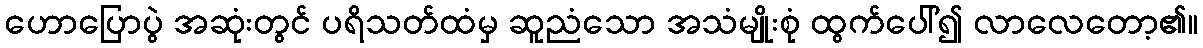
ဟောပြောပွဲ အဆုံးတွင် ပရိသတ်ထံမှ ဆူညံသော အသံမျိုးစုံ ထွက်ပေါ်၍ လာလေတော့၏။